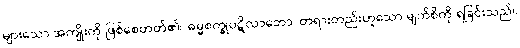
များသော အကျိုးကို ဖြစ်စေတတ်၏။ ဓမ္မစက္ခုပဋိလာဘော၊ တရားတည်းဟူသော မျက်စိကို ရခြင်းသည်။